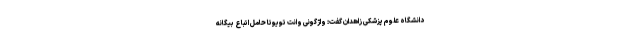
دانشگاه علوم پزشکی زاهدان گفت: واژگونی وانت تویوتا حامل اتباع بیگانه